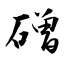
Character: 磳